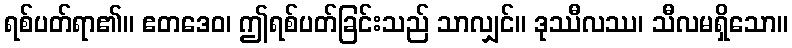
ရစ်ပတ်ရာ၏။ ဧတဒေဝ၊ ဤရစ်ပတ်ခြင်းသည် သာလျှင်။ ဒုဿီလဿ၊ သီလမရှိသော။